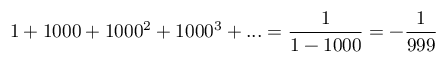
1 + 1 0 0 0 + 1 0 0 0 ^ { 2 } + 1 0 0 0 ^ { 3 } + . . . = { \frac { 1 } { 1 - 1 0 0 0 } } = - { \frac { 1 } { 9 9 9 } }